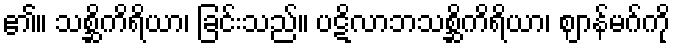
၏။ သစ္ဆိကိရိယာ၊ ခြင်းသည်။ ပဋိလာဘသစ္ဆိကိရိယာ၊ ဈာန်မဂ်ကို